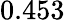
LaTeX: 0.453